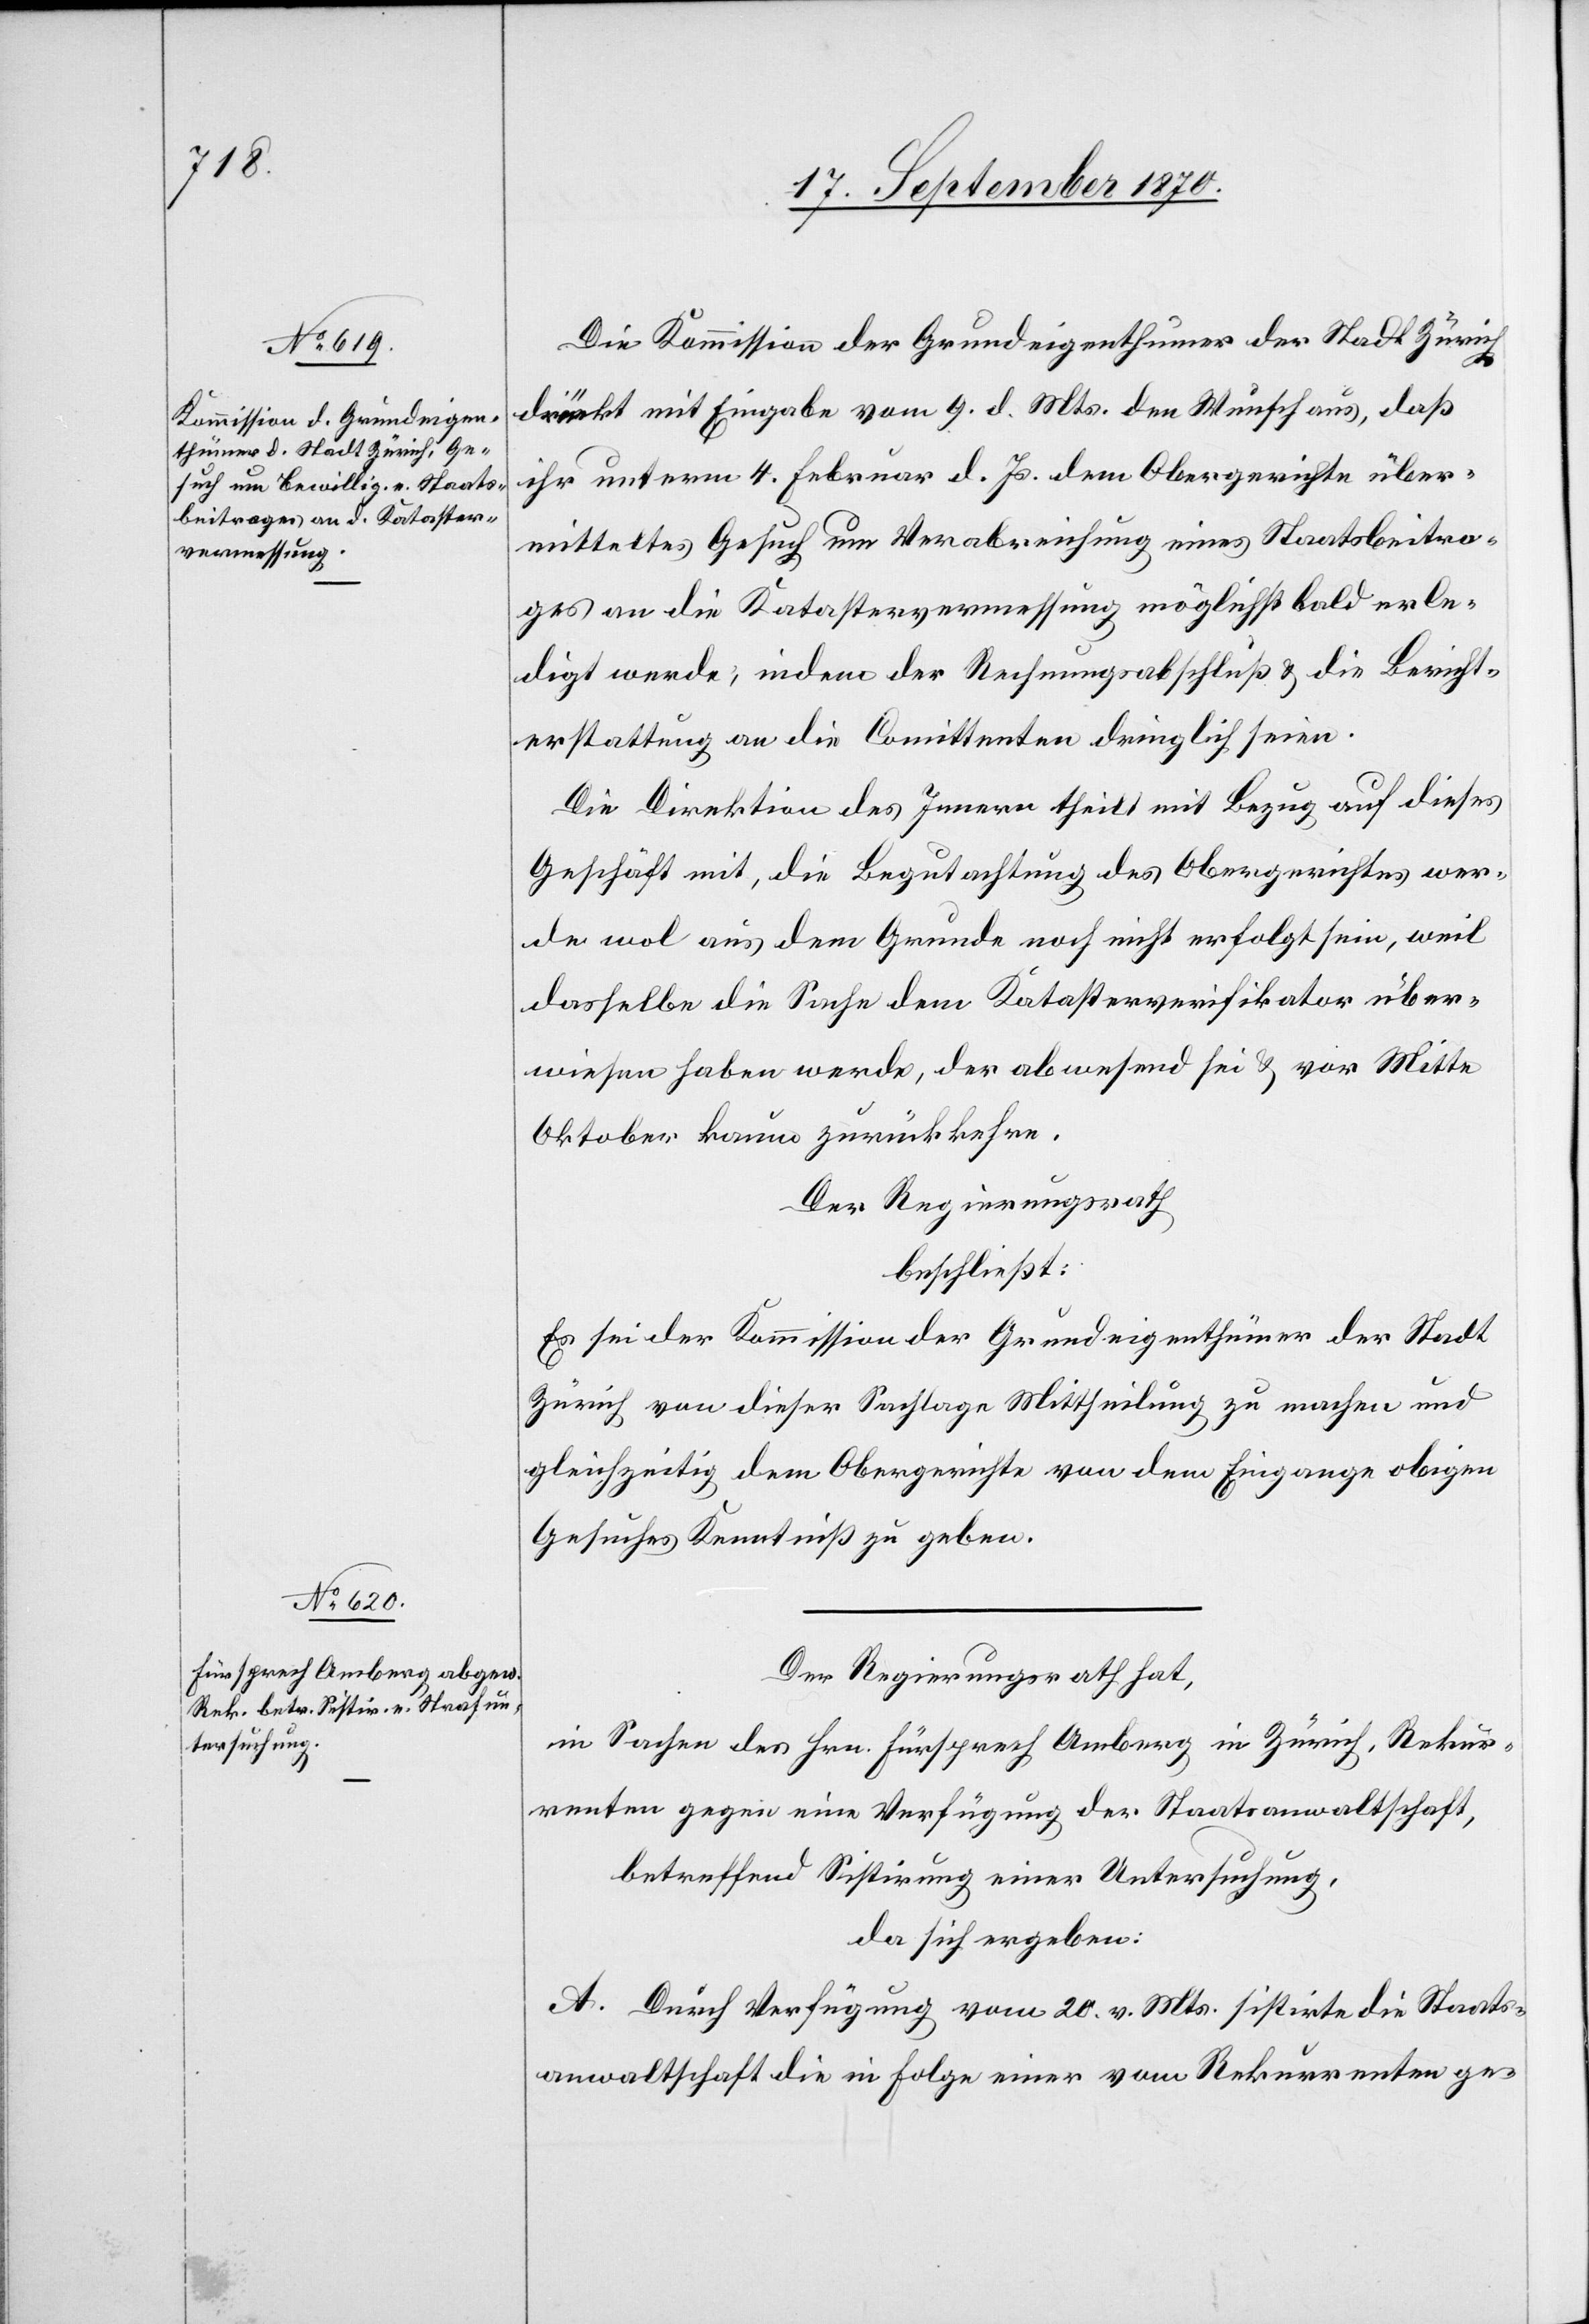
Die Kommission der Grundeigenthümer der Stadt Zürich
drückt mit Eingabe vom 9. d. Mts. den Wunsch aus, daß
ihr unterm 4. Februar d. Js. dem Obergerichte über¬
mitteltes Gesuch um Verabreichung eines Staatsbeitra¬
ges an die Katastervermessung möglichst bald erle¬
digt werde, indem der Rechnungsabschluß & die Bericht¬
erstattung an die Comittenten dringlich seien.
Die Direktion des Innern theilt mit Bezug auf dieses
Geschäft mit, die Begutachtung des Obergerichtes wer¬
de wol aus dem Grunde noch nicht erfolgt sein, weil
dasselbe die Sache dem Katasterverifikator über¬
wiesen haben werde, der abwesend sei & vor Mitte
Oktober kaum zurückkehre.
Der Regierungsrath
beschließt:
Es sei der Kommission der Grundeigenthümer der Stadt
Zürich von dieser Sachlage Mittheilung zu machen und
gleichzeitig dem Obergerichte von dem Eingange obigen
Gesuches Kenntniß zu geben.
Der Regierungsrath hat,
in Sachen des Hrn. Fürsprech Amberg in Zürich, Rekur¬
renten gegen eine Verfügung der Staatsanwaltschaft,
betreffend Sistirung einer Untersuchung,
da sich ergeben:
A. Durch Verfügung vom 20. v. Mts. sistirte die Staats¬
anwaltschaft die in Folge einer vom Rekurrenten ge-